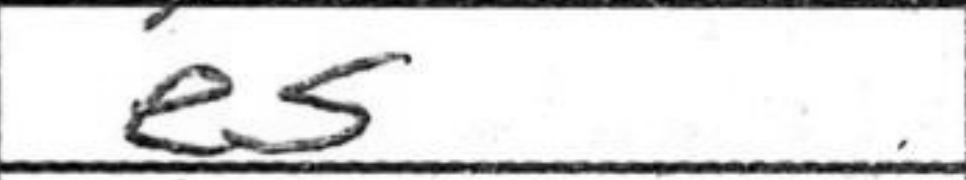
Transcription: e5